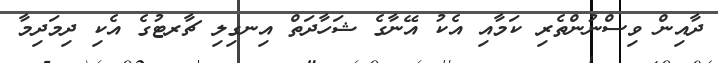
ދާއިން ވިސްނުންތެރި ކަމާއި އެކު އޭނާގެ ޝަހާދަތް އިނގިލި ޗާރޓުގެ އެކި ދިމަދިމާ